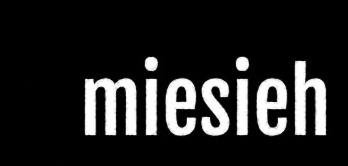
miesieh